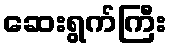
ဆေးရွက်ကြီး